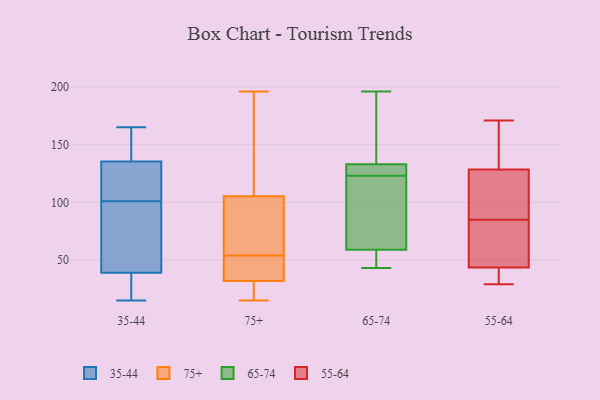
{"axis": {"x": "Population (Million)", "y": "Value"}, "legend": ["35-44", "55-64", "65-74", "75+"], "data": [{"x": "", "y": 15, "type": "35-44"}, {"x": "", "y": 118, "type": "35-44"}, {"x": "", "y": 155, "type": "35-44"}, {"x": "", "y": 165, "type": "35-44"}, {"x": "", "y": 84, "type": "35-44"}, {"x": "", "y": 44, "type": "35-44"}, {"x": "", "y": 34, "type": "35-44"}, {"x": "", "y": 58, "type": "35-44"}, {"x": "", "y": 128, "type": "35-44"}, {"x": "", "y": 134, "type": "35-44"}, {"x": "", "y": 20, "type": "35-44"}, {"x": "", "y": 137, "type": "35-44"}, {"x": "", "y": 40, "type": "75+"}, {"x": "", "y": 123, "type": "75+"}, {"x": "", "y": 82, "type": "75+"}, {"x": "", "y": 54, "type": "75+"}, {"x": "", "y": 50, "type": "75+"}, {"x": "", "y": 20, "type": "75+"}, {"x": "", "y": 128, "type": "75+"}, {"x": "", "y": 89, "type": "75+"}, {"x": "", "y": 120, "type": "75+"}, {"x": "", "y": 15, "type": "75+"}, {"x": "", "y": 98, "type": "75+"}, {"x": "", "y": 16, "type": "75+"}, {"x": "", "y": 107, "type": "75+"}, {"x": "", "y": 29, "type": "75+"}, {"x": "", "y": 15, "type": "75+"}, {"x": "", "y": 48, "type": "75+"}, {"x": "", "y": 196, "type": "75+"}, {"x": "", "y": 100, "type": "75+"}, {"x": "", "y": 53, "type": "75+"}, {"x": "", "y": 125, "type": "65-74"}, {"x": "", "y": 184, "type": "65-74"}, {"x": "", "y": 59, "type": "65-74"}, {"x": "", "y": 43, "type": "65-74"}, {"x": "", "y": 115, "type": "65-74"}, {"x": "", "y": 54, "type": "65-74"}, {"x": "", "y": 59, "type": "65-74"}, {"x": "", "y": 133, "type": "65-74"}, {"x": "", "y": 132, "type": "65-74"}, {"x": "", "y": 129, "type": "65-74"}, {"x": "", "y": 121, "type": "65-74"}, {"x": "", "y": 196, "type": "65-74"}, {"x": "", "y": 105, "type": "65-74"}, {"x": "", "y": 187, "type": "65-74"}, {"x": "", "y": 40, "type": "55-64"}, {"x": "", "y": 80, "type": "55-64"}, {"x": "", "y": 101, "type": "55-64"}, {"x": "", "y": 41, "type": "55-64"}, {"x": "", "y": 88, "type": "55-64"}, {"x": "", "y": 171, "type": "55-64"}, {"x": "", "y": 46, "type": "55-64"}, {"x": "", "y": 82, "type": "55-64"}, {"x": "", "y": 167, "type": "55-64"}, {"x": "", "y": 110, "type": "55-64"}, {"x": "", "y": 36, "type": "55-64"}, {"x": "", "y": 95, "type": "55-64"}, {"x": "", "y": 29, "type": "55-64"}, {"x": "", "y": 147, "type": "55-64"}, {"x": "", "y": 168, "type": "55-64"}, {"x": "", "y": 75, "type": "55-64"}]}